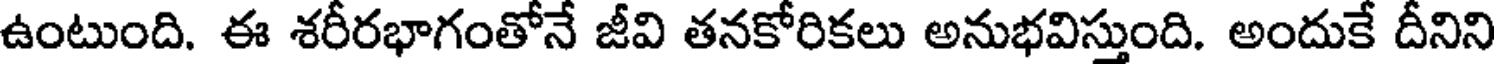
ఉంటుంది. ఈ శరీరభాగంతోనే జీవి తనకోరికలు అనుభవిస్తుంది. అందుకే దీనిని